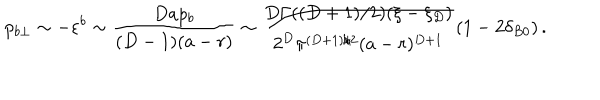
p _ { b \perp } \sim - \varepsilon ^ { b } \sim \frac { D a p _ { b } } { ( D - 1 ) ( a - r ) } \sim \frac { D \Gamma ( ( D + 1 ) / 2 ) ( \xi - \xi _ { D } ) } { 2 ^ { D } \pi ^ { ( D + 1 ) / 2 } ( a - r ) ^ { D + 1 } } \left( 1 - 2 \delta _ { B 0 } \right) .